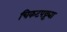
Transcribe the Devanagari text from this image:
चिकटपट्ट्या